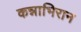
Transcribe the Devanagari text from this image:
कन्नाभिरान